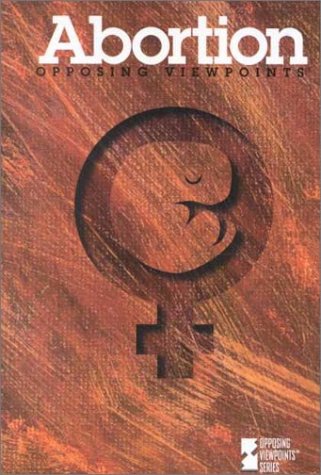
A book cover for Abortion (Opposing Viewpoints); Tamara L. Roleff; Teen & Young Adult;